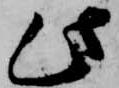
此